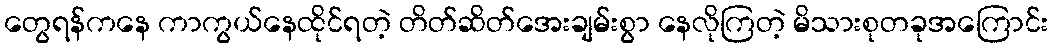
တွေရန်ကနေ ကာကွယ်နေထိုင်ရတဲ့ တိတ်ဆိတ်အေးချမ်းစွာ နေလိုကြတဲ့ မိသားစုတခုအကြောင်း